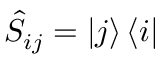
\hat { S } _ { i j } = \ensuremath { \left| j \right\rangle } \ensuremath { \left\langle i \right| }